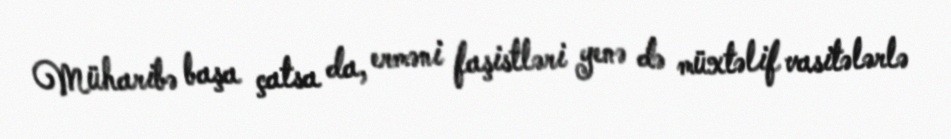
Müharibə başa çatsa da, erməni faşistləri yenə də müxtəlif vasitələrlə